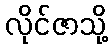
လိုင်ဇာသို့